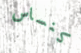
كنساس